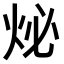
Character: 𤇩